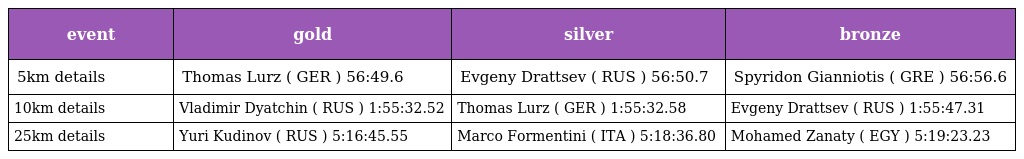
| event | gold | silver | bronze |
 | --- | --- | --- | --- |
 | 5km details | Thomas Lurz ( GER ) 56:49.6 | Evgeny Drattsev ( RUS ) 56:50.7 | Spyridon Gianniotis ( GRE ) 56:56.6 |
 | 10km details | Vladimir Dyatchin ( RUS ) 1:55:32.52 | Thomas Lurz ( GER ) 1:55:32.58 | Evgeny Drattsev ( RUS ) 1:55:47.31 |
 | 25km details | Yuri Kudinov ( RUS ) 5:16:45.55 | Marco Formentini ( ITA ) 5:18:36.80 | Mohamed Zanaty ( EGY ) 5:19:23.23 |